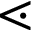
\lessdot